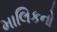
માલિકનો